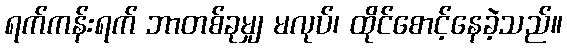
ရက်ကန်းရက် ဘာတစ်ခုမျှ မလုပ်၊ ထိုင်စောင့်နေခဲ့သည်။